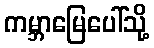
ကမ္ဘာမြေပေါ်သို့